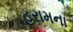
હરામના